Civil Veterinary Department Bihar & Orissa reports 1929-36 - 1929-1936
Year: 1929
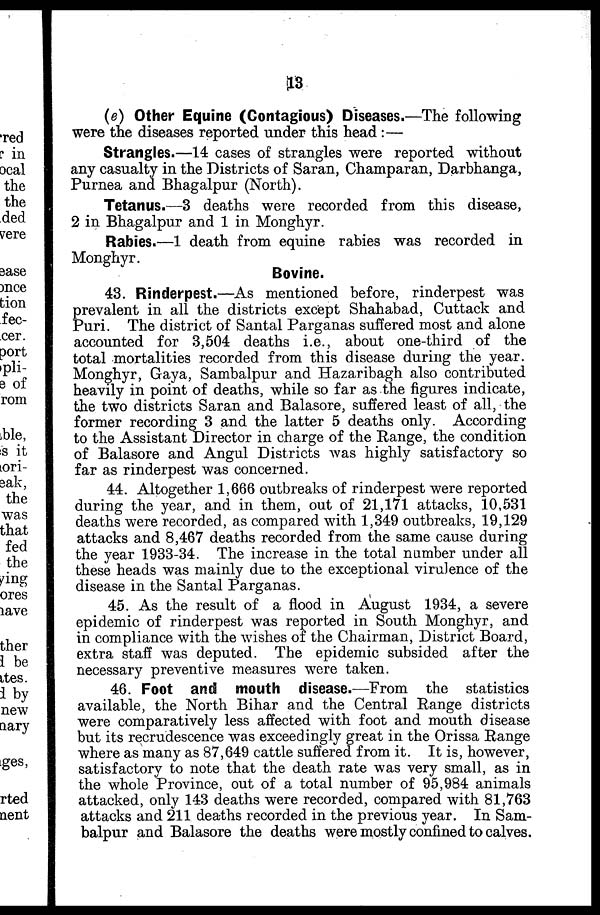
13
(e) Other Equine (Contagious) Diseases.—The following
were the diseases reported under this head :—
Strangles.—14 cases of strangles were reported without
any casualty in the Districts of Saran, Champaran, Darbhanga,
Purnea and Bhagalpur (North).
Tetanus.—3 deaths were recorded from this disease,
2 in Bhagalpur and 1 in Monghyr.
Rabies.—1 death from equine rabies was recorded in
Monghyr.
Bovine.
43. Rinderpest.—As mentioned before, rinderpest was
prevalent in all the districts except Shahabad, Cuttack and
Puri. The district of Santal Parganas suffered most and alone
accounted for 3,504 deaths i.e., about one-third of the
total mortalities recorded from this disease during the year.
Monghyr, Gaya, Sambalpur and Hazaribagh also contributed
heavily in point of deaths, while so far as the figures indicate,
the two districts Saran and Balasore, suffered least of all, the
former recording 3 and the latter 5 deaths only. According
to the Assistant Director in charge of the Range, the condition
of Balasore and Angul Districts was highly satisfactory so
far as rinderpest was concerned.
44. Altogether 1,666 outbreaks of rinderpest were reported
during the year, and in them, out of 21,171 attacks, 10,531
deaths were recorded, as compared with 1,349 outbreaks, 19,129
attacks and 8,467 deaths recorded from the same cause during
the year 1933-34. The increase in the total number under all
these heads was mainly due to the exceptional virulence of the
disease in the Santal Parganas.
45. As the result of a flood in August 1934, a severe
epidemic of rinderpest was reported in South Monghyr, and
in compliance with the wishes of the Chairman, District Board,
extra staff was deputed. The epidemic subsided after the
necessary preventive measures were taken.
46. Foot and mouth disease.—From the statistics
available, the North Bihar and the Central Range districts
were comparatively less affected with foot and mouth disease
but its recrudescence was exceedingly great in the Orissa Range
where as many as 87,649 cattle suffered from it. It is, however,
satisfactory to note that the death rate was very small, as in
the whole Province, out of a total number of 95,984 animals
attacked, only 143 deaths were recorded, compared with 81,763
attacks and 211 deaths recorded in the previous year. In Sam-
balpur and Balasore the deaths were mostly confined to calves.